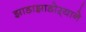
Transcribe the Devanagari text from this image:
झाडाझाडोऱ्याने